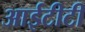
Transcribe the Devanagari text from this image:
आईटीटी